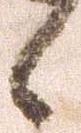
候